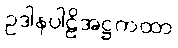
ဥဒါနပါဠိအဋ္ဌကထာ